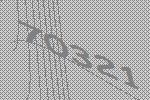
70321